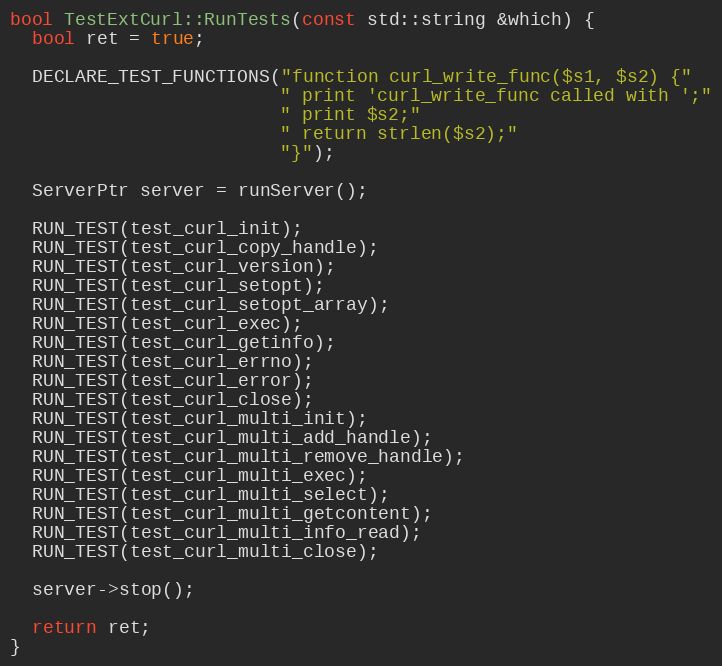
Language: C++
bool TestExtCurl::RunTests(const std::string &which) {
  bool ret = true;

  DECLARE_TEST_FUNCTIONS("function curl_write_func($s1, $s2) {"
                         " print 'curl_write_func called with ';"
                         " print $s2;"
                         " return strlen($s2);"
                         "}");

  ServerPtr server = runServer();

  RUN_TEST(test_curl_init);
  RUN_TEST(test_curl_copy_handle);
  RUN_TEST(test_curl_version);
  RUN_TEST(test_curl_setopt);
  RUN_TEST(test_curl_setopt_array);
  RUN_TEST(test_curl_exec);
  RUN_TEST(test_curl_getinfo);
  RUN_TEST(test_curl_errno);
  RUN_TEST(test_curl_error);
  RUN_TEST(test_curl_close);
  RUN_TEST(test_curl_multi_init);
  RUN_TEST(test_curl_multi_add_handle);
  RUN_TEST(test_curl_multi_remove_handle);
  RUN_TEST(test_curl_multi_exec);
  RUN_TEST(test_curl_multi_select);
  RUN_TEST(test_curl_multi_getcontent);
  RUN_TEST(test_curl_multi_info_read);
  RUN_TEST(test_curl_multi_close);

  server->stop();

  return ret;
}